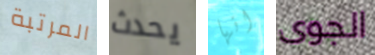
المرتبة يحدث انها الجوى